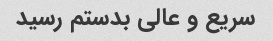
سریع و عالی بدستم رسید